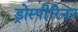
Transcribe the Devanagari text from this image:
ड्रोस्पीरिनन